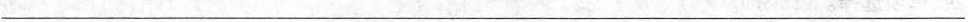
___